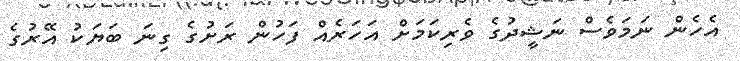
އެހެން ނަމަވެސް ނަޝީދުގެ ވެރިކަމަށް އަހަރެއް ފަހުން ރަށުގެ ގިނަ ބަޔަކު އޭރުގެ